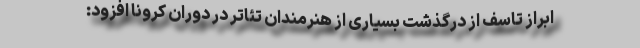
ابراز تاسف از درگذشت بسیاری از هنرمندان تئاتر در دوران کرونا افزود: